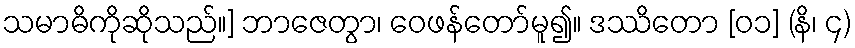
သမာဓိကိုဆိုသည်။] ဘာဇေတွာ၊ ဝေဖန်တော်မူ၍။ ဒဿိတော [၀၁] (နိ၊ ၄)